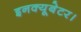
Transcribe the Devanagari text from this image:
इनक्यूबेटर।